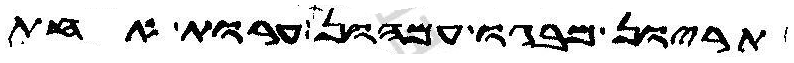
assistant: תריון מבגו עמהון ערות אחת